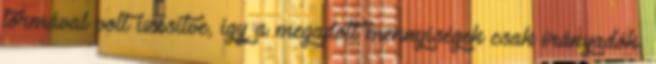
tormával volt ízesítve, így a megadott mennyiségek csak irányadók,